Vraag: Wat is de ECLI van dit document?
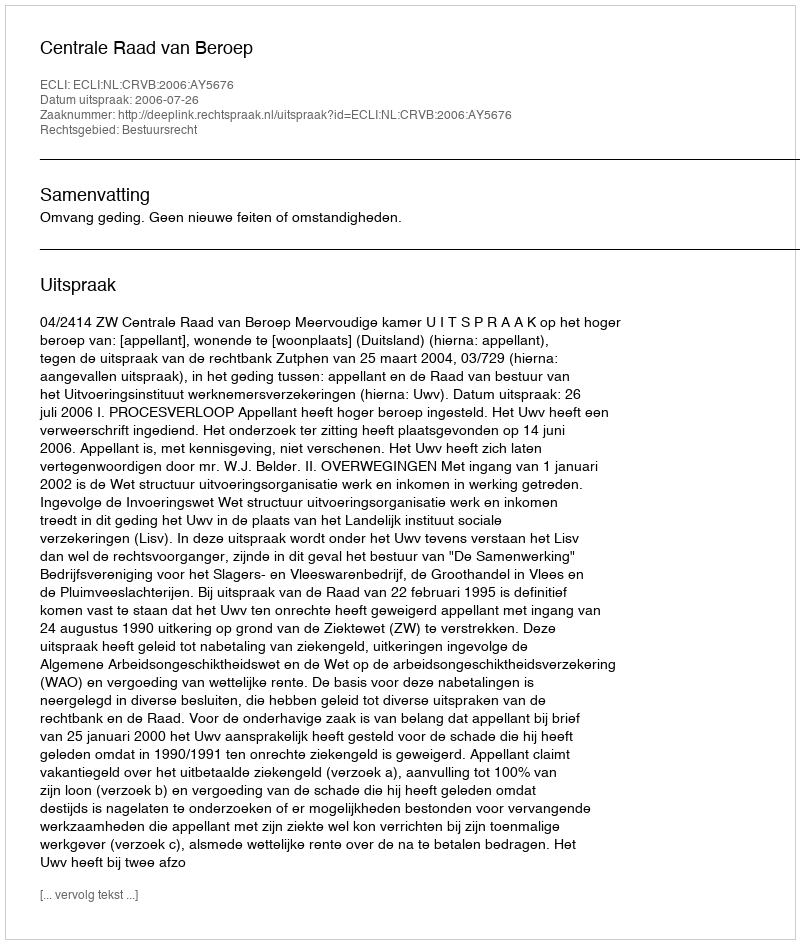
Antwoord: ECLI:NL:CRVB:2006:AY5676